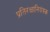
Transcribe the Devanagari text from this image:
प्रतिरक्षानियंत्रक